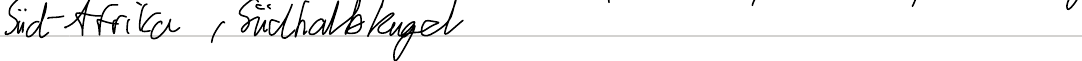
Süd-Afrika, Südhalbkugel